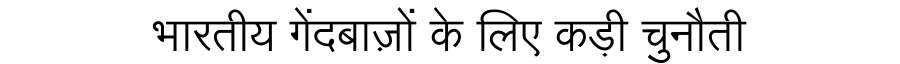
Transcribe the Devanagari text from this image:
भारतीय गेंदबाज़ों के लिए कड़ी चुनौती